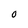
Character: 0